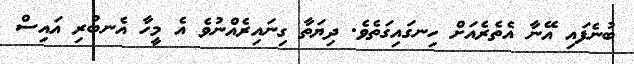
ބުނެފައި އޭނާ އެތެރެއަށް ހިނގައިގަތެވެ. ދިޔަތާ ގިނައިރެއްނުވެ އެ މީހާ އެނބުރި އައިސް